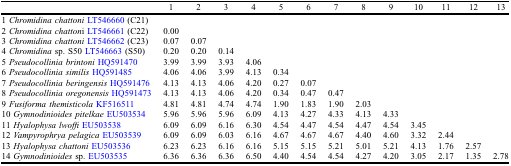
<table><thead><tr><td></td><td><b>1</b></td><td><b>2</b></td><td><b>3</b></td><td><b>4</b></td><td><b>5</b></td><td><b>6</b></td><td><b>7</b></td><td><b>8</b></td><td><b>9</b></td><td><b>10</b></td><td><b>11</b></td><td><b>12</b></td><td><b>13</b></td></tr></thead><tbody><tr><td>1 <i>Chromidina chattoni</i>LT546660 (C21)</td><td></td><td></td><td></td><td></td><td></td><td></td><td></td><td></td><td></td><td></td><td></td><td></td><td></td></tr><tr><td>2 <i>Chromidina chatton</i>i LT546661 (C22)</td><td>0.00</td><td></td><td></td><td></td><td></td><td></td><td></td><td></td><td></td><td></td><td></td><td></td><td></td></tr><tr><td>3 <i>Chromidina chattoni</i>LT546662 (C23)</td><td>0.07</td><td>0.07</td><td></td><td></td><td></td><td></td><td></td><td></td><td></td><td></td><td></td><td></td><td></td></tr><tr><td>4 <i>Chromidina</i> sp. S50 LT546663 (S50)</td><td>0.20</td><td>0.20</td><td>0.14</td><td></td><td></td><td></td><td></td><td></td><td></td><td></td><td></td><td></td><td></td></tr><tr><td>5 <i>Pseudocollinia brintoni</i>HQ591470</td><td>3.99</td><td>3.99</td><td>3.93</td><td>4.06</td><td></td><td></td><td></td><td></td><td></td><td></td><td></td><td></td><td></td></tr><tr><td>6 <i>Pseudocollinia similis</i>HQ591485</td><td>4.06</td><td>4.06</td><td>3.99</td><td>4.13</td><td>0.34</td><td></td><td></td><td></td><td></td><td></td><td></td><td></td><td></td></tr><tr><td>7 <i>Pseudocollinia beringensis</i>HQ591476</td><td>4.13</td><td>4.13</td><td>4.06</td><td>4.20</td><td>0.27</td><td>0.07</td><td></td><td></td><td></td><td></td><td></td><td></td><td></td></tr><tr><td>8 <i>Pseudocollinia oregonensis</i>HQ591473</td><td>4.13</td><td>4.13</td><td>4.06</td><td>4.20</td><td>0.34</td><td>0.47</td><td>0.47</td><td></td><td></td><td></td><td></td><td></td><td></td></tr><tr><td>9 <i>Fusiforma themisticola</i>KF516511</td><td>4.81</td><td>4.81</td><td>4.74</td><td>4.74</td><td>1.90</td><td>1.83</td><td>1.90</td><td>2.03</td><td></td><td></td><td></td><td></td><td></td></tr><tr><td>10 <i>Gymnodinioides pitelkae</i>EU503534</td><td>5.96</td><td>5.96</td><td>5.96</td><td>6.09</td><td>4.13</td><td>4.27</td><td>4.33</td><td>4.13</td><td>4.33</td><td></td><td></td><td></td><td></td></tr><tr><td>11 <i>Hyalophysa lwoffi</i>EU503538</td><td>6.09</td><td>6.09</td><td>6.16</td><td>6.30</td><td>4.54</td><td>4.47</td><td>4.54</td><td>4.47</td><td>4.54</td><td>3.45</td><td></td><td></td><td></td></tr><tr><td>12 <i>Vampyrophrya pelagica</i>EU503539</td><td>6.09</td><td>6.09</td><td>6.03</td><td>6.16</td><td>4.67</td><td>4.67</td><td>4.67</td><td>4.40</td><td>4.60</td><td>3.32</td><td>2.44</td><td></td><td></td></tr><tr><td>13 <i>Hyalophysa chattoni</i>EU503536</td><td>6.23</td><td>6.23</td><td>6.16</td><td>6.16</td><td>5.15</td><td>5.15</td><td>5.21</td><td>5.01</td><td>5.21</td><td>4.13</td><td>1.76</td><td>2.57</td><td></td></tr><tr><td>14 <i>Gymnodinioides</i> sp. EU503535</td><td>6.36</td><td>6.36</td><td>6.36</td><td>6.50</td><td>4.40</td><td>4.54</td><td>4.54</td><td>4.27</td><td>4.20</td><td>3.05</td><td>2.17</td><td>1.35</td><td>2.78</td></tr></tbody></table>